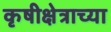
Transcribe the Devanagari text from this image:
कृषीक्षेत्राच्या